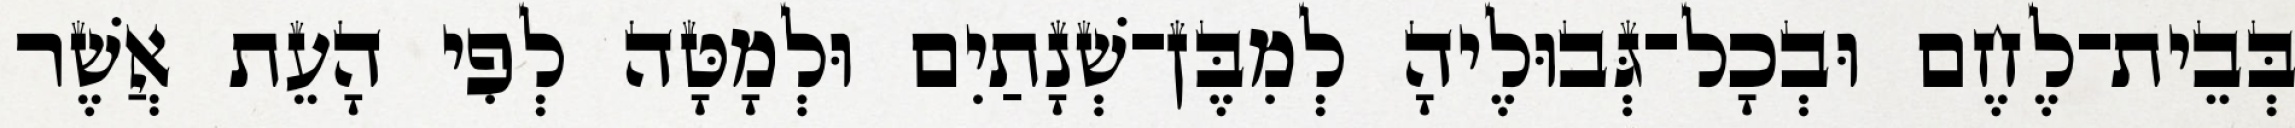
בְּבֵית־לֶחֶם וּבְכָל־גְּבוּלֶיהָ לְמִבֶּן־שְׁנָתַיִם וּלְמָטָּה לְפִי הָעֵת אֲשֶׁר